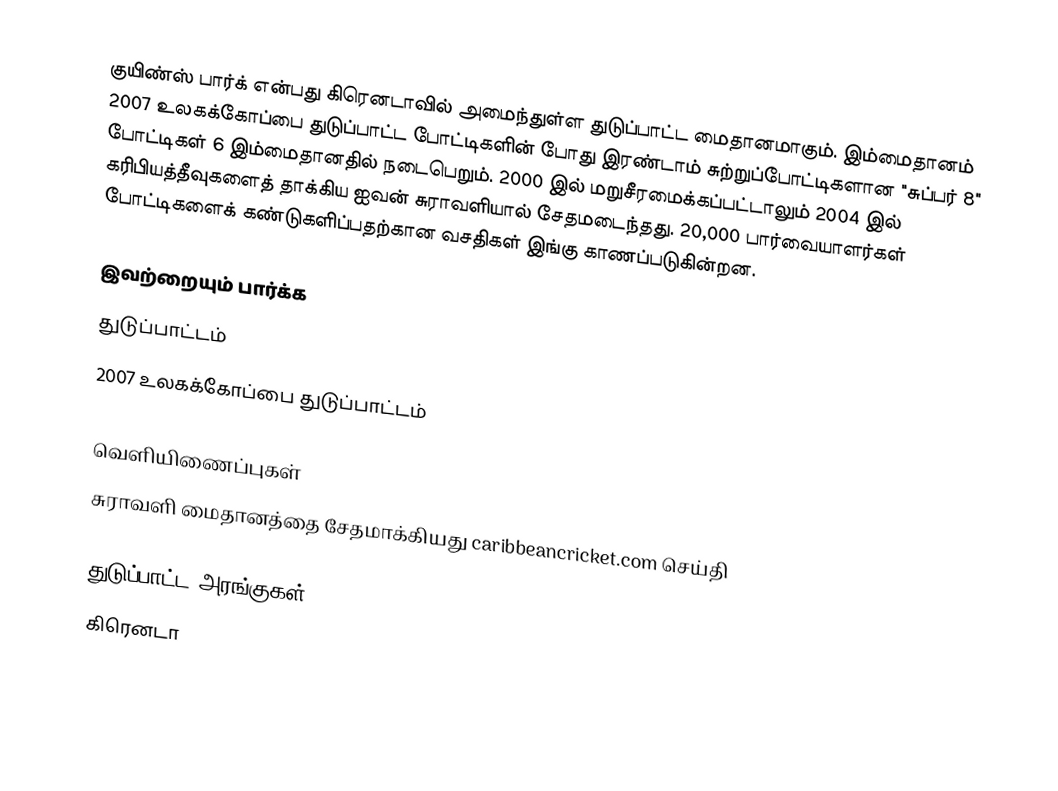
குயிண்ஸ் பார்க் என்பது கிரெனடாவில் அமைந்துள்ள துடுப்பாட்ட மைதானமாகும். இம்மைதானம்  2007 உலகக்கோப்பை துடுப்பாட்ட போட்டிகளின் போது இரண்டாம் சுற்றுப்போட்டிகளான "சுப்பர் 8" போட்டிகள் 6 இம்மைதானதில் நடைபெறும். 2000 இல் மறுசீரமைக்கப்பட்டாலும் 2004 இல் கரிபியத்தீவுகளைத் தாக்கிய ஐவன் சுராவளியால் சேதமடைந்தது. 20,000 பார்வையாளர்கள்  போட்டிகளைக் கண்டுகளிப்பதற்கான வசதிகள் இங்கு காணப்படுகின்றன.

இவற்றையும் பார்க்க
துடுப்பாட்டம்
2007 உலகக்கோப்பை துடுப்பாட்டம்

வெளியிணைப்புகள்
சுராவளி மைதானத்தை சேதமாக்கியது  caribbeancricket.com செய்தி

துடுப்பாட்ட அரங்குகள்
கிரெனடா